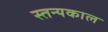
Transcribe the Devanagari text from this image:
स्तन्यकाल